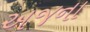
અજના